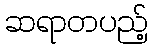
ဆရာတပည့်